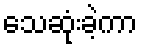
သေဆုံးခဲ့ကာ